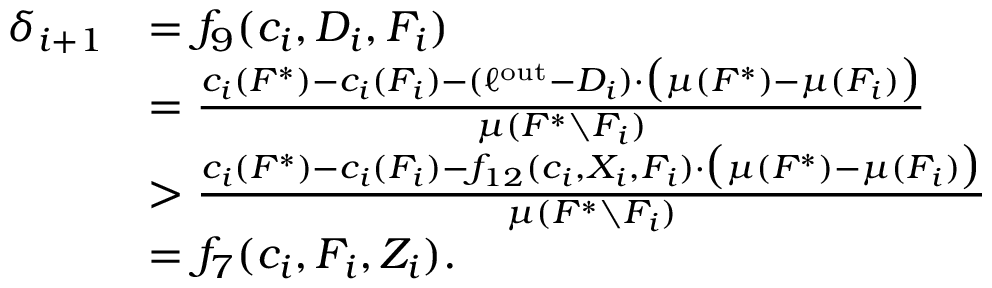
\begin{array} { r l } { \delta _ { i + 1 } } & { = f _ { 9 } ( c _ { i } , D _ { i } , F _ { i } ) } \\ { } & { = \frac { c _ { i } ( F ^ { * } ) - c _ { i } ( F _ { i } ) - ( \ell ^ { \mathrm { o u t } } - D _ { i } ) \cdot \big ( \mu ( F ^ { * } ) - \mu ( F _ { i } ) \big ) } { \mu ( F ^ { * } \setminus F _ { i } ) } } \\ { } & { > \frac { c _ { i } ( F ^ { * } ) - c _ { i } ( F _ { i } ) - f _ { 1 2 } ( c _ { i } , X _ { i } , F _ { i } ) \cdot \big ( \mu ( F ^ { * } ) - \mu ( F _ { i } ) \big ) } { \mu ( F ^ { * } \setminus F _ { i } ) } } \\ { } & { = f _ { 7 } ( c _ { i } , F _ { i } , Z _ { i } ) . } \end{array}